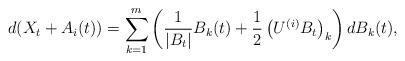
LaTeX: \begin{align*}& d (X_{t} + A_{i} (t) ) = \sum_{k=1}^{m} \left( \frac{1}{\vert B_{t} \vert} B_{k}(t) + \frac{1}{2} \left( U^{(i)} B_{t} \right)_{k} \right)dB_{k}(t),\end{align*}